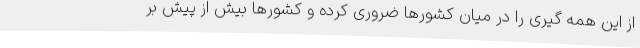
از این همه گیری را در میان کشورها ضروری کرده و کشورها بیش از پیش بر